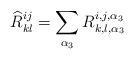
LaTeX: \begin{align*}{\widehat R}^{ij}_{kl} = \sum_{\alpha_3} R^{i,j,\alpha_3}_{k,l,\alpha_3}\end{align*}